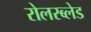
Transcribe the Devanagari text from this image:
रोलरब्लेड